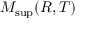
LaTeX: M _ { \operatorname* { s u p } } ( R , T )